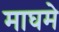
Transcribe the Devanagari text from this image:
माघमे